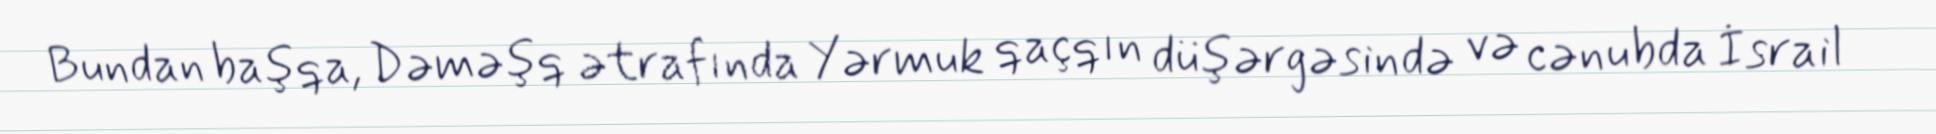
Bundan başqa, Dəməşq ətrafında Yərmuk qaçqın düşərgəsində və cənubda İsrail